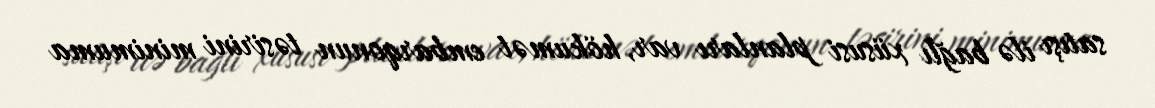
satışı ilə bağlı xüsusi planları var, hökumət embarqonun təsirini minimuma